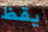
يقظ